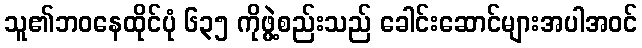
သူ၏ဘဝနေထိုင်ပုံ ၆၃၅ ကိုဖွဲ့စည်းသည် ခေါင်းဆောင်များအပါအဝင်